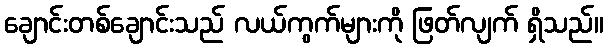
ချောင်းတစ်ချောင်းသည် လယ်ကွက်များကို ဖြတ်လျက် ရှိသည်။